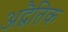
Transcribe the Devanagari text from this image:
अद्वैतिक